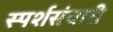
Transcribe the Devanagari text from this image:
स्पर्शसंचारी